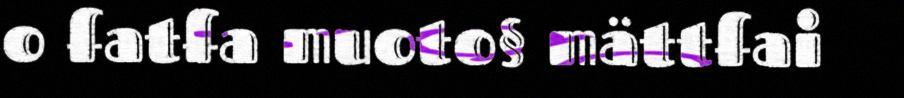
o fatfa muoto§ mättfai